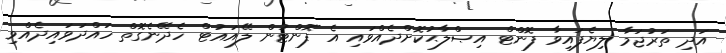
އަދި ތަރުޖަމާ ލިޔެފައިވާ ފޮންޓް އިޞްލާޙުކޮށްދެއްވައި އެ ފޮންޓުން ލޭއައުޓް ހެދޭނެގޮތް ހައްދަވައިދެއްވި